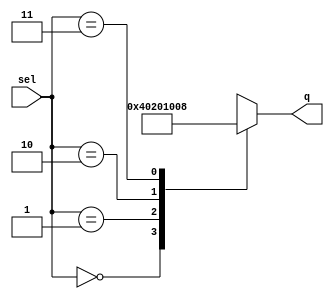
module fcw
(sel, q);
parameter S = 10;
input [1:0] sel;
output [S-1:0] q;
reg [S-1:0] q;

always @(sel)
begin
	case(sel)
		2'b00: q <= 1;
		2'b01: q <= 2;
		2'b10: q <= 4;
		2'b11: q <= 8;
		default: q <= 1;
	endcase
end
endmodule